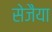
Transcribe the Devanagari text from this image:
सेजैया